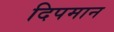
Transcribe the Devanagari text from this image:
दिपमान